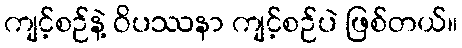
ကျင့်စဉ်နဲ့ ဝိပဿနာ ကျင့်စဉ်ပဲ ဖြစ်တယ်။